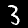
Digit: 3